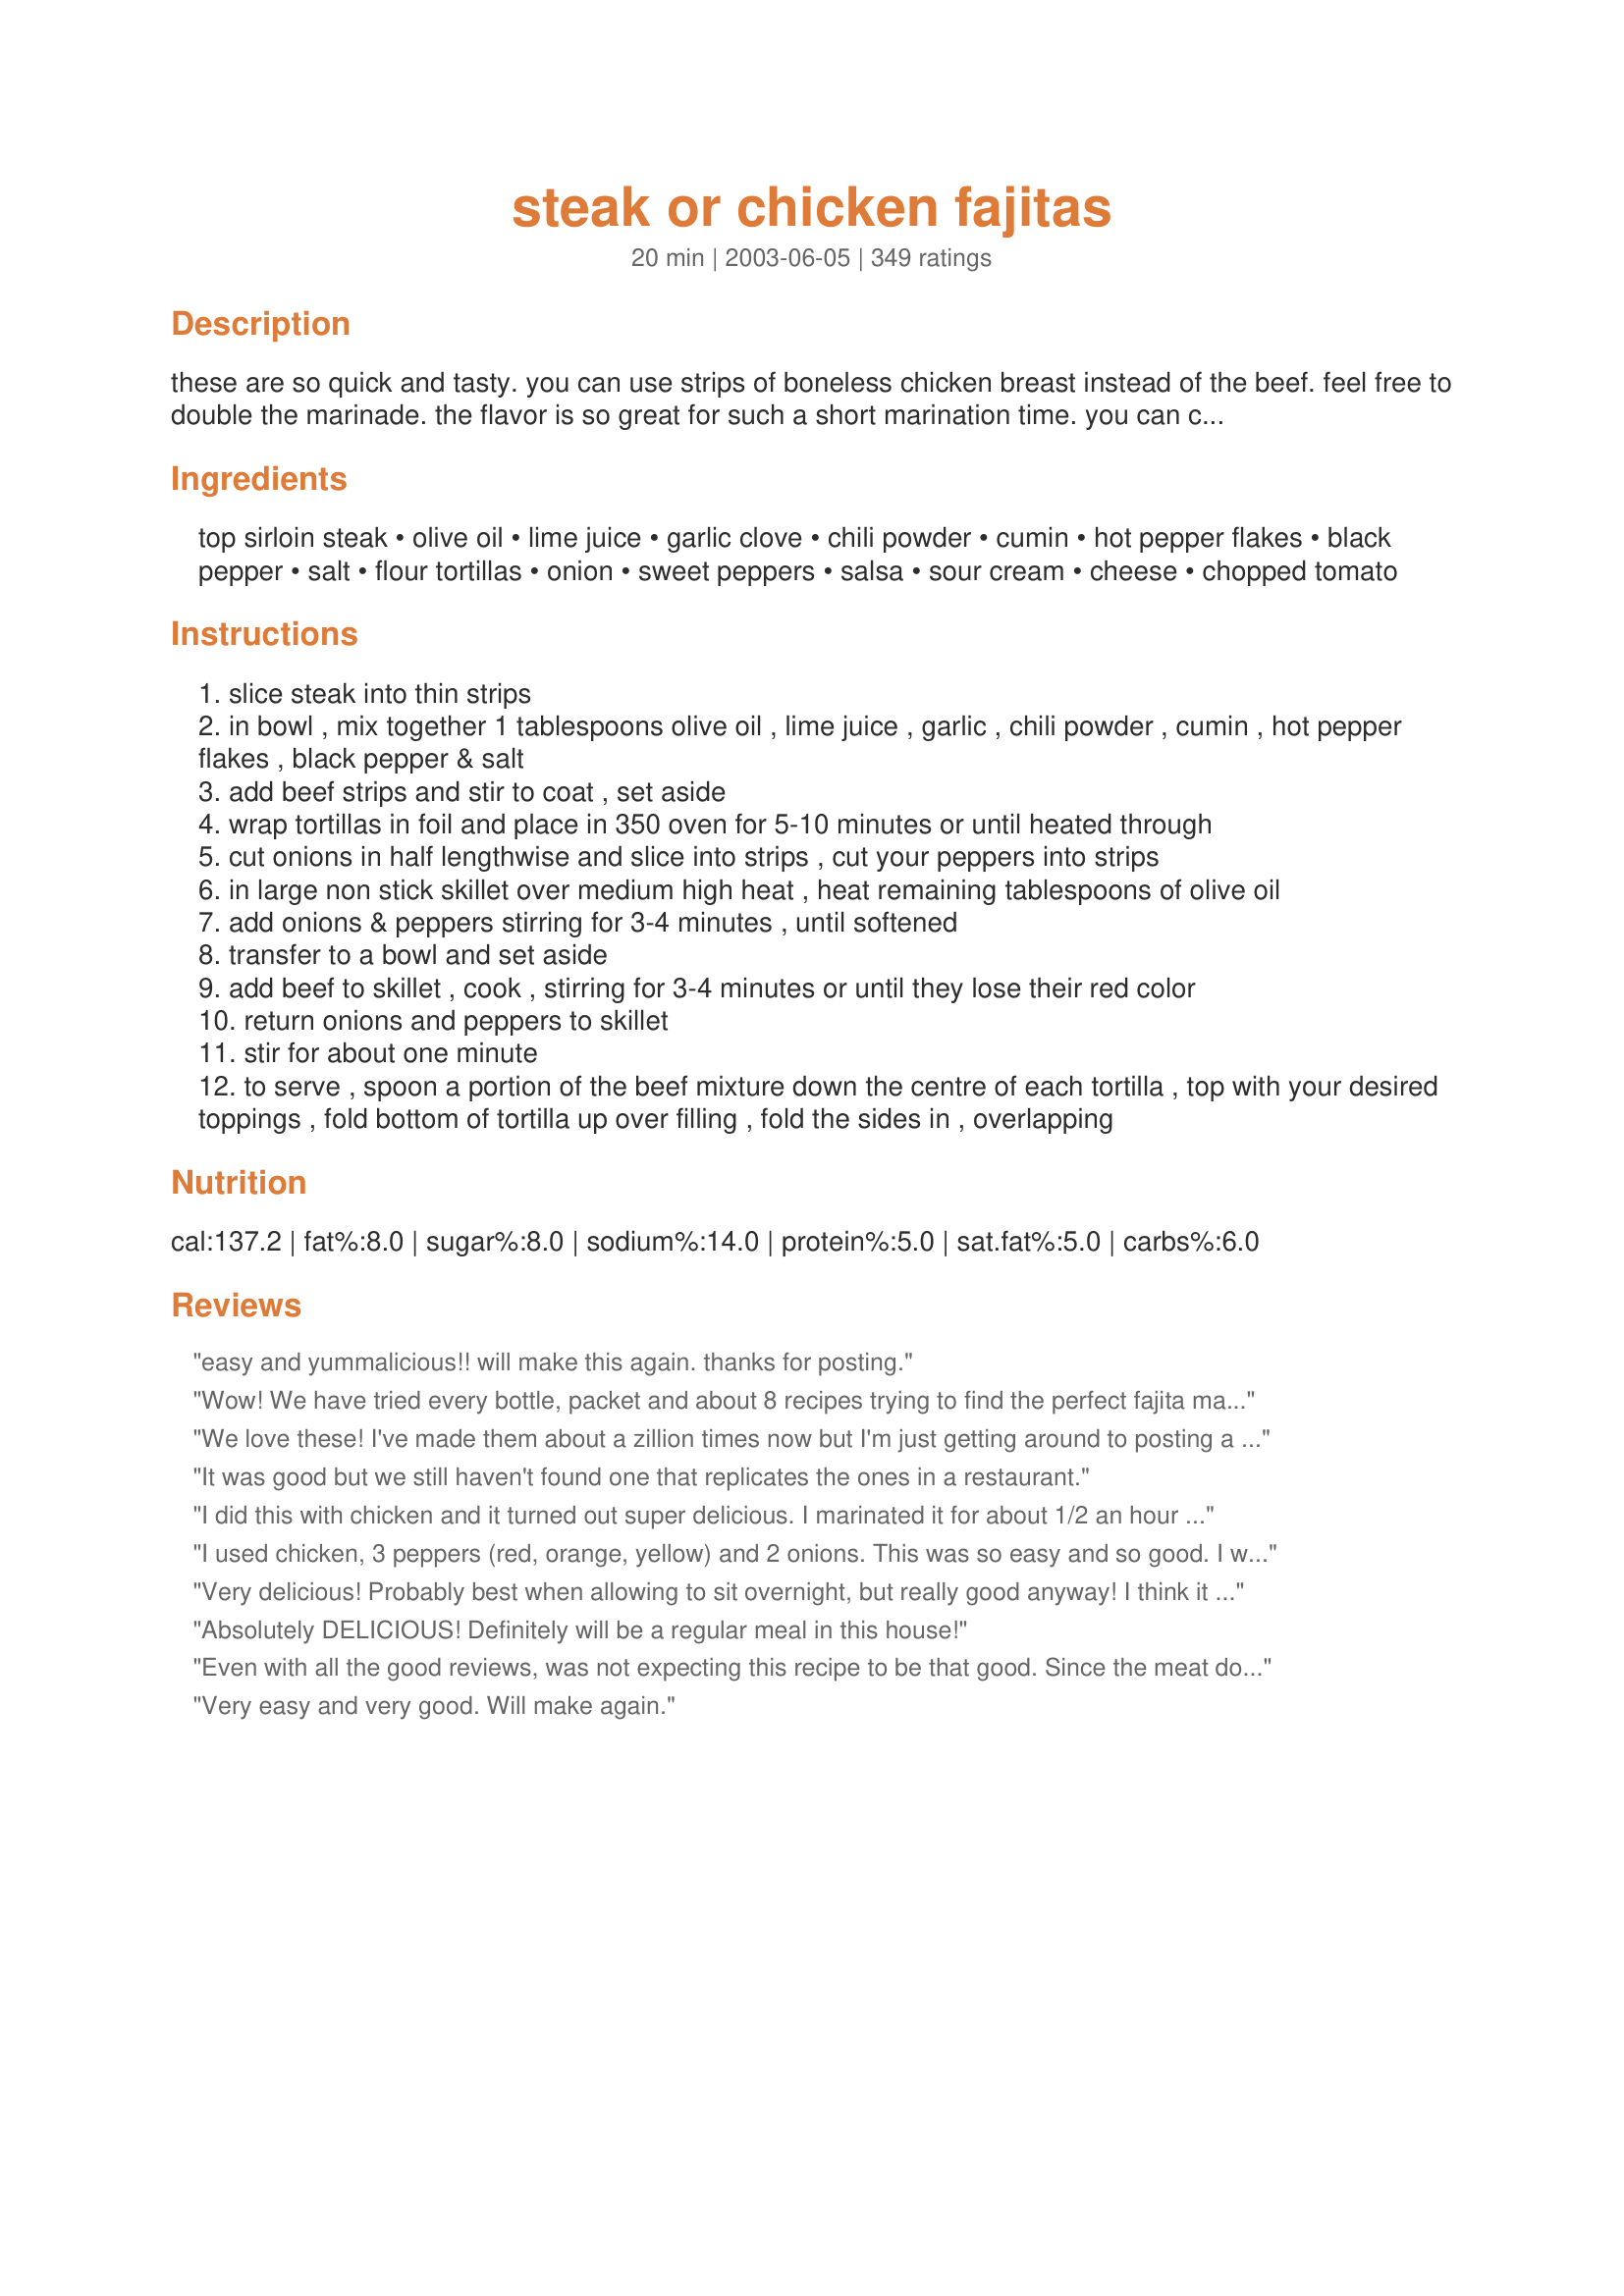
steak or chicken fajitas
Preparation time: 20 minutes

these are so quick and tasty. you can use strips of boneless chicken breast instead of the beef. feel free to double the marinade. the flavor is so great for such a short marination time. you can can do them up ahead of time and have the meat sit longer if you wish.

Ingredients:
top sirloin steak, olive oil, lime juice, garlic clove, chili powder, cumin, hot pepper flakes, black pepper, salt, flour tortillas, onion, sweet peppers, salsa, sour cream, cheese, chopped tomato

Steps:
slice steak into thin strips
in bowl , mix together 1 tablespoons olive oil , lime juice , garlic , chili powder , cumin , hot pepper flakes , black pepper & salt
add beef strips and stir to coat , set aside
wrap tortillas in foil and place in 350 oven for 5-10 minutes or until heated through
cut onions in half lengthwise and slice into strips , cut your peppers into strips
in large non stick skillet over medium high heat , heat remaining tablespoons of olive oil
add onions & peppers stirring for 3-4 minutes , until softened
transfer to a bowl and set aside
add beef to skillet , cook , stirring for 3-4 minutes or until they lose their red color
return onions and peppers to skillet
stir for about one minute
to serve , spoon a portion of the beef mixture down the centre of each tortilla , top with your desired toppings , fold bottom of tortilla up over filling , fold the sides in , overlapping

Reviews:
easy and yummalicious!! will make this again. thanks for posting.
Wow! We have tried every bottle, packet and about 8 recipes trying to find the perfect fajita marinade. This one is the keeper! I doubled the marinade and put in 3/4lb chicken and 3/4lb beef along with onions and peppers and let them marinate for about 6 hrs. The only thing I changed was to cut the chili powder in half and sub in half of Tony C's for a little extra kick. It was the perfect amount of marinade so you could still taste the meat & veggie and not just seasoning. Perfection!
We love these! I've made them about a zillion times now but I'm just getting around to posting a review. Everyone I've made them for has asked for the recipe. We do both the beef and the chicken. We've cooked the meat ahead of time and refrigerated it overnight, then slowly rewarmed it in the crock pot to serve at a party, cooking the peppers and onions at another time and adding later. We've marinated the meat for up tp 24 hours, and we've marinated it for 15 minutes. No matter how we've done it, it's always been a hit! Thanks for a great recipe!
It was good but we still haven't found one that replicates the ones in a restaurant.
I did this with chicken and it turned out super delicious. I marinated it for about 1/2 an hour and it was spicy and flavorful. Topped it with cheese, salsa and avocados. Yum!
I used chicken, 3 peppers (red, orange, yellow) and 2 onions. This was so easy and so good. I will be making this again.
Very delicious! Probably best when allowing to sit overnight, but really good anyway! I think it is best to double the marinate when you are using 3 medium to large chicken breast...Adding this one to picky girl's list!
Absolutely DELICIOUS! Definitely will be a regular meal in this house!
Even with all the good reviews, was not expecting this recipe to be that good. Since the meat doesn't marinate long, I thought it would tough, etc. Much to my surprise these were very good fajitas! Am trying to use stuff in the freezer, and had some sirloin, so that's what I used, and they were terrific! This is a great recipe when you are looking for something quick and satisfying!
Very easy and very good. Will make again.
Excellent. I used chicken, and was out of cumin (subbed extra chili powder) and lime juice (subbed lemon with a small splash of orange). It was delicious. Despite the hot pepper, there was no heat to this recipe -- lots of flavor, but no heat. This was perfect for us; my husband added jalepenos to his portion, while I loved mine just as it was! (Note to self, use only 1/2 an onion, a whole one was too much for us)
Made these last week! Request to make them again this week! Easy and so good!!!
Mouth watering, and very filling! Thank you very much for the excellent recipe! I will definately pass it on and I will be sure to make it again!
I made this for my husband and children last night and they devoured it. They used shredded cheese and sour cream for toppings. I also let the meat marinade for about 2 hrs before cooking. It was a great way to use up leftover roast beef. Thanks for posting this keeper - I will definitely make this again.
These are really good. The lime really adds a good flavor to it. I will make these again. Thanks for sharing.
Well, I guess with 113 reviews on this recipe, it goes without saying that it is good. It is just the right amount of everything in it. I marinated my chicken about and hour or so, and it was fantastic. I omitted the salt, though, just a preference thing. Otherwise, great recipe. Also, I had mine in a whole wheat pita pocket. * * * Update - I had leftover chicken and peppers, and I turned it into a chicken fajita pizza. Just make your favorite crust, about a 12 inch size, then I mixed 1/4 cup sour cream, and 1 clove garlic crushed, some of the chili powder, cumin, just a dash of the pepper flakes, I squeezed in some lime juice and just a drizzle of olive oil. Spread that on your crust, top with the leftover meat and veggies, top that with mozzarella. I baked mine on my pizza stone about 15 minutes at 425 degrees. It was fabulous!!! I like it when I can stretch one meal into two.
I must agree!!! a fabulous recipe. 
I also doubled the recipe for the marinade.DH loved it also! Wouldnt change a thing!
These were a big hit! I used chicken.
If we could give half-stars, I'd rate this a 4.5. I was worried that putting the marinade in the skillet with the steak would be too much liquid to cook out in 5 minutes, but once the marinade was all put together I saw that it was hardly any liquid at all. The reason for the loss of half a star has nothing to do with the taste - these were the BEST fajitas I've made - and entirely to do with the fact that it took every bit of 30 frantic minutes to make it. Both the veggies and the meat needed more than 4 minutes, but it was all well worth the wait.
I made this last night using chicken and it turned out wonderful!
Our family liked this recipe. I used some tenderloin steaks that had been in the freezer for a while. I also let the beef "marinade" for about and hour in the seasonings - I would recommend that if you have time. Otherwise this is a quick and tasty meal.
Terrific! These tasted very similar to some fajitas that we tried a contemporary Mex restaurant. Definitely the best we've ever made. Thanks!
These fajitas were actually amazing! I followed the recipe exactly and the flavour was great! Approved even by my super picky husband. I used beef and today will try making them with chicken.
I will definitely be making this again. I made it with chicken breasts and the fam loved it. The only other item I used was guacamole. Thanks for a great recipe.
This recipe is very good. To add a bit of smoky flavour I added some dried ground chipoltle peppers and a tiny bit less of the other seasonings to balance. I use chicken and beef, sometimes i'll even sprinkly some marinade on some shrimp!
This recipe was phenomenal! Very easy to follow. I think next time I'll either add just a dash of red pepper or just put Tabasco on the table because it's pretty spicy. I will definitely be making this again!
needs a bit more heat-maybe we'll add a jalapeÃ±o next time, but loved the smokiness of the cumin
Very good. Very quick. I like that it doesn't have to be marinated but is as good as if it had been.

Instead of the lime juice I used a couple of packets of True Lime and it worked just fine.
I will definitely always use this recipe every time I make Fajitas, very easy and quick, I made it with chicken breasts and left out the onions
and had it with sour cream and wraps. excellent 
Thanks for a great recipe.
These are a complete hit with the family, one of the only recipes where everyone is guaranteed to love it!! I triple the steak using sliced skirt steak (a bit expensive but sooooo worth it), double the marinade and marinate it for at least 5hrs but allow it to get to room temp before actually cooking it! We top it off with spicy guacamole, salsa, sour cream and a Mexican cheese blend! Completely and utterly delicious :)
This is a fabulous recipe. I used leftover top sirloin from the night before, and it could not have turned out better. I still marinaded the steak, but I only had to warm the steak up. I will definitely be making this again!
Add us to the list of fans! We devoured it! There were only 2 adults and 1 kid eating and there really weren't any leftovers to speak of. If I had known how easy it was to make fajitas, I would have made them forever ago. I didn't have any chili powder as it turned out but other than that pretty much stuck to the recipe only I used the chicken breast strips. I think if we had had the chili powder it would have been too spicy for us, so that worked perfectly for us. Used whole wheat tortillas. Can't wait to try this with beef too. Thanks for a winner! Dh thanks you especially!
Simple and good! I used an extra clove of garlic, but otherwise followed the directions exactly. Served with roma tomato and salsa for toppings.... very good!

Just made this for the second time (with steak) and let it marinade in the fridge for about 2 hours... oh wow! Just awesome.
This is great recipe!! Hubby wanted chicken fajitas & this seemed to be the best recipe to try out! I didn't have any lime juice, tho--even tried to find lemon seas in my spice cupboard, but had to leave it out. I did coat the chicken in olive oil, THEN added the spices to coat better. I used more salt & cumin, less red pepper (used cayenne) & less black pepper as well--hubby's preferences. All I had was green pepper, but that worked fine. He topped his fajita w/ low fat mexican cheese & salsa. It was a fast, easy & pretty healthy meal. Thank you for sharing!!
Excellent fajitas! Only thing I did differently was to omit the hot pepper flakes and only used 1/4 tsp. pepper. I won't be buying any fajita "kits" from now on. This was so easy and tasted far superior! Thank you!
I&#039;ve made this recipe several times and it&#039;s always a hit! Fajita night is always requested when the family discusses a big dinner! I buy chicken tenders to save on cost and they are super easy to slice! (I&#039;m usually cooking for 15 or more) I always do chicken and steak and let them both marinade while I slice my peppers and onions. I like to add a red onion to the mix for added flavor and color! LOVE THIS RECIPE!
I used chicken... and about 1/3 more cumin and cayenne pepper. I had an emergency and ended up letting these marinate 24 hours because I couldn't make them the day I prepared them. Because it worked out to well, I'll stick with a long marinating time! I also salted the onions and peppers. The final result was a fabulous fajita dinner. I made this guacamole recipe which was also fabulous (added fresh minced garlic and subbed cayenne pepper for fresh jalapeno): http://www.food.com/recipe/guacamole-345790. I will definitely make these again. This was my first time trying fajitas. Thanks for a great recipe!
These are bomb!!! My family loves them!
Great recipe ! Will make again however I may not use any salt next time.
This made the tastiest fajitas ever. Even my kids loved it! We used the marinade on chicken and it really made the dish. It was also incredibly easy to make. You just can't go wrong with this recipe. I would recommend doubling up on the marinade depending on how much chicken you are preparing. We used 5 chicken breasts and doubling the marinade worked perfectly for that. I can't wait to make this again.
Wow, this was great, and soooooooooooo easy! This is a keeper! I think next time I will try this with shrimp. Thanks for sharing.
Used chicken instead of steak. These were so good, my son, who is generally uninterested in cooking, wants the recipe to make for friends. He said it was easy but the flavor will impress.
This was super delicious and just what I needed after I finished reading Pacos Bill. I used chicken, and threw a little salsa in while they were cooking, but other than that I followed every bit of the recipe and am very pleased with how quick and tasty it is! Thanks!
Oh boy! These were delicious! I used chicken but I definately will try the steak next time. I also used red and green peppers and I think they would be even more pretty with additional colors like orange and yellow. I wouldn't change a thing on these. My whole family enjoyed them. I served them with http://www.recipezaar.com/49353 and http://www.recipezaar.com/27778 for a lovely weeknight meal! Thanks again!
I used beef and this is a decent solid recipe.
Made these for dinner tonight, I will never buy a fajita seasoning packet again...so yummy!!!
We really loved this fajita recipe...it was easy, and delicious...I made it with chicken and plan on trying the steak as well...this one is a keeper for us...thanks for submitting.
Yep, another 5 star review. I made this with some backstrap that I had to use up. This is very good and very easy. Some subs I made - 1. lemon juice instead of lime (didn't have any limes.) 2. used white tail backstrap (it had been thawed and needed to use it up before it went bad. I wasn't raised on deer so am making due with what I have already learned. besides - fajitas cannot go wrong!! DELISH!) 3. we don't care for bell peppers - so simply omitted them. 4. no red pepper flakes - my dh and his baby boy do not like "spicy" foods. 5. used a chili powder recipe from the site. I think that covers changes I made -- and will make this again with chicken and beef. Thank you for sharing!
It turned out really good. My husband and mother in law loved it and the marinate gave the meat a kick of heat. Definitely will make this again in the future!!
This has become my go-to recipe for fajitas. The marinade is superb and makes the meat so flavorful. I've only tried it using beef since I have tons of chicken recipes already. I can't wait to make it again. :)
Very good recipe. I also didn't have lime juice on hand and it still turned out GREAT! Will be making this again very soon! Thank you for sharing!
My family and I love this recipe. We&#039;ve made it quite a few times already. Thanks for sharing!!
Wow! We all loved these! I used chicken, since my store did not have that particular cut of beef, (what else is new?)and I got the chicken in the marinade early in the day.Didn't change a thing, and they were fabulous! I'll definitely be making these again.
Thanks!
Definitely double the marinade, and add more lime! It needed some sweetness, so I added honey...fajitas around here (CA) have a sweet salty kick, along with the spice. That kind of makes it more like the restaurant goods ;) Great stuff!
This is a really good recipe..I tried both the marinade on both the chicken and steak..and it tastes much better using the steak...thanks for the recipe!
My husband and son raved! Marinade is very good. I put flank steak and chicken breasts in together then grilled them and cut them into strips afterward. I only had time to marinade for 1 hr but longer would probably be better.
Gorgeous! We have had this a few times made with chicken thighs as I prefer these to breast meat, less dry and more tasty. I try and marinade the chicken for at least 2 hours before cooking and then serve with green salad. A keeper! Thanks
OMG, fabulous!! This was so fast and easy and my husband and I loved it. I doubled the marinade recipe and only let the meat sit for as long as it took to prep and cook the onions and peppers and it was fantastic. I used 3 peppers, 1.5 large onions and one large steak. It&#039;s a tiny bit spicy so I would use less red pepper flakes next time. Served with salsa and sliced avocado as toppers. I am putting this into the regular recipe rotation and will try with chicken and shrimp also. Thanks for a great dinner recipe!
I wish I could give these more than 5 stars!!! I used chicken, and I let it marinate for 5 hours. My husband just kept saying how much he really liked the lime flavor in the chicken. These also went over very well with my 2 year old! This is a great recipe and I will definitely make this again....probably sometime soon! :)
This is such a great &amp; easy recipe, bar none! This silly dog doubled the recipe, added a teaspoonful of smoked paprika, and finely diced a garden fresh jalape&ntilde;o! We also serve with fresh picco de gallo, and fresh cilantro. Those who gave this less than 4 stars....., just don't even try cooking, go back to your bland resturants and frozen TV dinners!
I made this for the first time tonight. Easy and delicious recipe. My family loved it! :)
Fantastic recipe. Had some leftover cooked pork loin roast, so thought to use it in this recipe. Marinated sliced pork roast in stated olive oil, lemon juice, red pepper flakes, packet of fajita seasoning mix &amp; fresh cilantro for 2 hours, rubbing the slices well with this marinate. Fried the peppers with an addition of 1 sliced onion for 7 min. Added the pork mixture &amp; 1/4 cup water to the mixture and 3 min. on high and had an awesome meal. Served it with Mexican rice &amp; warm tortillas. This recipe can be used with any meat or even peeled shrimp. Rhonda THANK YOU so much for sharing your recipe with us all.
I bet it would be even better with a little more time to marinade, but even with just 10 min, this was great! Just the right amount of marinade for 2 large chicken breasts worth of meat. Much better (and cheaper) than the packet I forgot to buy at the store! Thanks! :)
Most excellent!! Wouldn't change a thing to the recipe, the combination of flavors was 'to cry for' delicious. Used a 1 lb. top sirloin steak, perfecto! Thanks, Rhonda *J*.
I made just as the recipe states, but I omitted teh hot pepper flakes. I also used more garlic. I used a chicken and steak combonation.

 This came out well, but it was not as good as what we get at our local mexican place. The meat was not as flavorful as I thought it should be.

 Also my meat was on the tough side... Not at all a problem with the recipe, but probaby the quality of the meat I used.

 I did like it, but I only gave it three stars. Next time we make Fajitas, I will be trying a differant recipe (and a better cut of meat)
Thank you, thank you, thank you. Whenever my husband goes out for supper he orders fajitas because i never make them. Now, he's going to have to try something new at the restaurants! These were sooo easy to make and had such great flavours! I'll be making these often. Thanks so much for sharing! we served ours with some guacamole and they were out of this world!
It was like having Chili's fajitas at home. I tripled the marinade and made a very big batch with sirloin and chicken. Used red, green peppers, vidalias along with sliced portabellas! I had mine with jasmine rice and hubby used ww low carb wraps. They were fantastic and even better as leftovers the next day. I think next time I will cut back on the salt just a bit because all of the spices added so much flavor you could get away with less salt. Thanks for a great recipe!
This was a really good recipe with nice flavors. My family loved it with or without the toppings. Thank you for this delicious and easy recipe!
This has now assumed the top spot in our fajita recipes and we do make them quite often! My husband and I loved them, with the perfect "kick". Thanks!
Great marinade. I used chicken and marinated for 24 hours, then bake the chicken strips in the oven. Tender and juicy. Everyone enjoyed it. I used the leftovers to make quesadillas. Yummy. This is now one of my favorite recipes.
Absolutely GREAT recipe! I didn't have the lime juice, so I was worried that I might lose out on that extra boost of flavor, but they still turned out wonderfully! My hub said that I really out-did myself with this one, so, thank you!
I thought I had already submitted a review of this recipe -- but apparently not. These are so good! I have only made them with the chicken (but I'm sure the steak or even pork would be just as tasty). I have a large jar of Penzeys Fajita Seasoning on hand, so I added about a tablespoon of it to the other ingredients. I also love the lime juice, so added an extra tablespoon of it as well. Just prior to removing the mixture from the skillet, I sliced a couple tomatoes into thin wedges and added them to the mixture. These are not only delicious, but pretty quick to make (but allow for the extra time if you should want to marinate the meat). In order to cut calories, I had the leftovers over some lettuce (sort of made a Fajita Salad). Rhonda, thank you for posting this recipe.
These are great!! I add mushrooms and zucchini....very good, I make them once a week! ;)
Fixed this recipe using chicken and BF loved them! He had two for supper and took the rest for lunch. Very easy to make and makes generous portions. I used one whole small red pepper, half a large green pepper and two medium onions. He said this one is a keeper. Of course he used the toppings which made it even better. Thanks for this wonderful recipe Rhonda.
My Family really enjoyed these Fajitas. I made homemade salsa and guacamole. I will be making these again very soon.
This was nice - and I loved that I had most ingredients on hand. (Although I did sub lemon juice for the lime juice.) Quick to prepare. I used chicken - can't wait to try the steak. Thanks for posting!
We used sirloin steak and they were delicious. I thought they were a breeze to prepare and the taste was very good. Thank you for something a little different from our "usual". Stephanie
The onions and meat were delicious! I'm sure the peppers would've been delicious, as well, but I didn't have any to cook. I added the meat and onions to quesadillas with black beans and salsa. YUM! Thank you for the marinade recipe.
Good recipe, but I want to add some tips. Use flank or ribeye (boneless) if you can, but I used top sirloin like prescribed. Ribeye easiest to do in my opinion. I recommend not cutting up the steak just yet. Marinate for at least an hour, and if you have a foodsaver or similar , use it to marinate. Pan fry bell peppers and onions and and set aside once onions browned and translucent, or about 5 minutes on medium-high. Pan fry steak with all of the marinade, pour it in there. Watch temp. Around 120/130 is perfect or eye it for near medium rare. Remove steak and put on glass tray if you have and let it rest for at least 5-10 minutes. Leave it alone. Just before touching the steak after the cooldown time (~5-10mins), clean the pan (depending on mess). Drop in the onions and peppers over medium heat. Cut steak with the grain into nice long strips. Add steak back into pan to quick fry with onions and peppers for a couple mins.
Excellent flavour! I made these on a weeknight when I didn&#039;t have a lot of time to marinade the meat and was surprised because they were super tasty. The lime juice is what really brings all the flavour out. My family voted this as a keeper recipe! Thanks for sharing.
These are delicious! I doubled the marinade and marinated the steak all day. I added mushrooms to the onions and peppers. My husband is the pickiest eater and LOVED them. He's even having the leftovers for lunch today! Thanks for sharing this great recipe!
This is an AWESOME recipe! We couldn't believe how flavorful the chicken was without having been marinated. Delicious & quick, and we will be making this again and again!!!
very good, will also try the suggestion to double marinade and chill overnight. I plan on adding some avocado slices too.
added chipotle it was great!
love it!! i toped with shreded 4 cheese mix, bit of sour cream, avocado and tomatoes was awesome
These were very good!! I made a batch each of steak and chicken fajitas. I added an extra clove of garlic, but other than that, I followed the recipe exactly. My family loved these and I will definitely be making them again. Thank you for sharing this keeper recipe.
Found your recipe a couple years ago and it has been my go-to for fajitas ever since! My only change is I use half homemade ancho chili powder for the plain chili powder for a bit more smoky flavor. Love!!!!
Delicious fajitas, full of flavor. I made the chicken version and served it with fresh homemade pico de gallo, cilantro lime rice and sliced avocado. I do recommend marinating the chicken as others had suggested. Will definitely be making this again!
I wouldnt change a thing.. love it.
I used 3/4 lb skirt steak to make this recipe. Added more cumin after the fajita fillings were done. Served it with a homemade green salsa, shredded cheddar cheese and sour cream. Very good! Thanks for the recipe!
All the reviews are great and I was so excited to try this recipe. I followed the recipe but I felt it needed more spices because it seemed a bit bland.
DH had a busy and long day today and I decided to treat him to one of his favourite restaurant meals-steak fajitas. He hadn't even swallowed the first bit and he was already saying "MMMMMM...." I picked some hot peppers from our garden and added those to the meat mixture along with the onions and green peppers. DH was thankful for this special meal and I have you to thank for the recipe ;)
OK I'm #20!!These were wonderful; I made them at the last minute. Only change was I added a little chipolte seasoning. They are addictive. Thank you for posting this - I did minewith chicken tonight but next time will use beef and marinate.
Yummy. The marinade was delicious. I doubled the marinade and used it on about 1 1/2 lb of chicken. I used a vidalia onion and 1 green pepper and 1 red pepper. Thanks for sharing.
We really wanted to like these more, considering all of the great reviews. And I hate being the one to spoil that &quot;streak&quot;. :-( But we found these to be too hot (and we normally like spicy foods) and lacking the authentic fajita flavors reminiscent of Mexican restaurants. All that came through was the heat, and the lime juice sort of just faded out. Unfortunately, we probably won&#039;t be making them again, and revert to using Todd Wilbur&#039;s recipe, but it was fun trying something new.
So easy! Definitely will be on our menu again.
Very tasty fajitas!! I used a chicken breast left over from last night. I used red sweet pepper, a jalepeno, red onion and mushroom. Cut everything in strips and followed your recipe except I added the cooked chicken at the end. Thanks for posting we will do again. Pamela's photo caught my eye.
The family had that look like when you throw a handful of crumbs at a bunch of pigeons. They all swoop into a pile knocking each other over to get there first and fight for the best spot.
omigoodness is this goooooooooood. so tasty and just delicious. can i say enough about it? so EASY and fast to make. omitted the pepper flakes, used chicken breasts and man o man was this a meal! will most definately make this again and will try beef next time. btw..i marinated mine for about 2 hours.
This was so yummy! I am not a great cook, but I managed to pull it off. Thanks for sharing!
Very yummy. Very fast. Will make again.
Perfect! I used chicken, sliced it up and put into 2 ziplock bags and tossed it into the freezer-used one for an amazing dinner later that week and can't wait for the next one-I will use this all the time, thank you! Just an update, I did use the second bag and...I still love it, thanks again!
These fajitas are the best I ever had, and they are so simple to make. Thank you for sharing this awesome recipe, I HIGHLY recommend it to anyone!
Really good and easy to put together. Thanks for posting!
I am planning to make this recipe this week not using the tortillas. Can't wait to try this:)
Excellent Fajitas, I used some leftover Tri-tip roast, marinated like the recipe said even though it was already cooked, then prepared as stated. My DH said these were GREAT fajitas. I will be making this recipe again using steak as the recipe calls for. Thanks Rhonda, for posting this recipe.
Wonderful! My husband and I really enjoy it. I never made fajitas before because I always thought it was difficult, and would not taste as good as the restaurant but I was wrong. This recipe was delicious. Thank you for sharing it.
I had some leftover chicken in the fridge and this recipe was just what I needed to use it up. I used lemon juice as I was out of lime but otherwise stuck to the recipe. It was a quick and tasty lunch for the family since the chicken was already cooked. A definite keeper! :) *UPDATE: The leftovers mixed with a bit of mayo make a GREAT "Southwestern Chicken Salad" for sandwiches, too!*
Great seasoning/marinade! Not too spicy which is what I like. I made these with chicken and used red and yellow peppers. I marinated the chicken for approx. 8 hours and it gave the meat a great flavor. Will be making these again, it was so quick and easy! Made for Name That Ingredient Tag.
Made for dinner last night using chicken. Marinated for 2 hours and WOW - the filling almost didn't make it into the tortillas I was so busy sneaking "tastes" out of the skillet. No kidding, I actually dreamed about these last night - and had to have a fajita for breakfast! Can't thank you enough for posting this.
These were excelling and easy to make. The lime juice brings it up a notch. Thanks!
I made this with chicken. I would definitely encourage people to marinate the meat over night. Seeing that I have 3 young children, I left the hot pepper flakes out. I don't think that it took away from the flavor. Also, I think leaving the breast whole & cooking them on a grill would add to the taste. This will be a recipe we repeat.
Made it with 1 lb of chicken, 1 onion, 1 green and 1 red bell pepper. Really good! I&#039;ll make it again trying other meats.
Really good...& so easy!!! A little spicy for me, but I'm not a big spicy fan, so you can alway's tweak the spicyness to your liking. But way sooooo easy!!
Made it tonight, tastes excellent. I made a few changes, like I made the salsa myself with tomatoes, asian chilli sauce, lime, coriander and red onion, and I also made some beetroot puree/sauce to add to it.
Most delicious!
This turned out beautifully; we also marinated in the spices for about an hour. We made it for guests, and they had thirds!
Absolutely delcious! And maybe even better the next day :) We made it exactly as written, and I am making it again tonight. It is quickly becoming a favorite of mine! Thanks for a great recipe.
We loved this. Everything about it was perfect. I just realized I forgot the garlic. But I did everything else as written. My husband says they are the "best non-restaurant" fajitas ever!
These were very good fajitas! I used some steak that had been in the freezer for a while. They came out very tender and flavorful. The marinade has a delicious smoky, spicy flavor. This is a quick and easy, very enjoyable meal. Thank you for posting!
Very good! The whole family enjoyed them. Made with chicken and steak. Preferred the chicken. Served with black beans, rice and corn. Will definitely make these again and will double the marinade. One with the red pepper flakes for me and the other for the rest of the family.
The fact that both of our kids kept saying they loved this dinner and wanted more, more, more says a lot! We'll definitely make it again.
Wonderful! I really loved these - the taste was very nice! The first time I added a little liquid smoke which gave it a very nice flavor. Second time I didn't have any, so made it as stated...was still delicous! I *do* prefer that little hint of smoke flavor though. 

What I really like about this is it allows me to control the heat, so I can "tone it down" for my lovely British wife who claims her mouth is on fire if I put 1 red pepper flake in 5 quarts of spaghetti sauce...
I love this recipe! I had bought boneless pork sirloin and was just going to BBQ it when my husband said he really felt like Mexican. So I thought fajitas, and decided to check the site for something I could make with what I had on hand and found your recipe. I didn't have any limes so I used lemons instead (the limes would be better) and I let it marinade in twice the amount of of juice and oil for a little over an hour. Turned out great and served it with spinach flour tortillas. Will definitely use it every time I make fajitas, thank you Rhonda J.!!!
Loved this recipe! I am no cook so I was so pleased when it turned out delicious!!! Family loves it too! I think they wondered who I snuck in to cook tonight!!! Thank you!
This was so good, I made it for a group of friends and they all loved it and asked me how to make it! I especially liked how the chicken didn't have to marinate long and it still was very flavorful!
These were perfect! This recipe was simple, yet it very authentic! Thanks for sharing!
First made this for a party, and it was a huge hit. My BF and I like spcier foods, so at a later date I threw some diced jalapenos in the marinade as well as the skillet. We loved the added spice. Thanks for a tasty and easy recipe!
Is fantabulous a word? How about scrumptious? This was the BEST fajita recipe ever. DH said it was just like the restaurants except he didn't run out of meat cause I was able to double the recipe. My bro like it a lot too and we were all happy there were left-overs the next day (well, my bro wasn't happy cause by the time he came over the day after DH and I had devoured it all). Thanks for such a great tasting recipe and so easy to make.
We are wanna-be-Mexicans when it comes to food. We pick our vacation spots based on proximity to large migrant farmer populations and their authentic restaurants. We absolutely love this marrinade. Tonight we grilled the chicken breast whole on the charcoal grill until nearly done but not over cooked, then threw it in with the onions and peppers in the cast iron skillet to finish off the last 5-10 degrees and it was FANTASTIC! Cast iron goes to the table to keep everything warm while you eat!!!
Until now we used the old el paso powder sachet when making fajitas, but after tasting this, we will never use those again. These taste so much fresher! I used olive oil in the marinade, but when I cooked, I switched to sunflower oil as it can stand the high heat better than olive oil. I cooked on the highest heat in small batches. We used sliced chicken thighs and marinated them for an hour or two before cooking. My partner and mum-in-law couldn't eating them!
Excellent &amp; Easy! This was super easy to make and turned out waaay better than I expected. I wanted to make chicken fajitas but was feeling lazy (and didn&#039;t have tortillas) and when I happened upon this recipe I decided to give it a try. I added a little extra marsala, some truffle salt and adobo and accidentally used garlic olive oil instead of regular but other than that followed as written and results were delicious. The whole house STILL smells amazing from this meal. Will put this one on my regular rotation of recipes to make (when my husband isn&#039;t commandeering the kitchen)!
I just made these fajitas with chicken breasts. I marinated them overnight. They were wonderful. I had doubled the recipe because I had about 1 1/2 pounds of chicken. I also added about 3-4 drops of Hickory Smoke seasoning. I am not sure that that amount did make any difference, but they were fabulous. I only added about 1/4 tsp. of cayenne pepper (instead of the pepper flakes) because I have small children that do not like it hot. They really were excellent though. I could easily compare them with the local authentic Mexican restaurant that we frequent. Thanks for the wonderful recipe!
The spices are PERFECT. Easy and fast recipe, it doesn't get much better! Thanks for posting.
Excellent! A little too spicy for my kids, but other than that, they were delicious. Followed the recipe almost exact, except I didn't have lime juice so I used lemon juice instead. Still turned out great. I did double the marinade, too.
Absolutely amazing!! Tried them last night and the entire family agrees that it is a 5 star rating. I have tried many recipes over the years and this is the best. Thank you!!
YUP...these are awesome! I LOVED them, so simple, so tasty, so easy. Marinade is great and perfect blend of flavors with ingredients you already have on hand. The veggies and meat cook up so quickly, I love that you don't have to cook them for very long. This is our new go to top sirloin dish! Thanks SO much for posting.
Really delicious! Thanks Rhonda *J*
Making this for the second time in a week. Instead of beef, I&#039;ve made it with chicken both times. Such a great flavor. My husband does not care for fajitas and even he raved about how delicious they were, especially the seasoned meat.
Awesome! I will never buy the pre-seasoned packaged fajitas again. These taste better and are quicker to make than the packaged kind.
Wow! These fajitas are delicious! Just as good or better than any I have had in any restaurant. So far, I have only made them with chicken, but I can't wait to try steak! This recipe is going in my favorites file! Thanks!
I made this recipe tonight and got great reviews! I let the steak marinate most of the day in the spices. The flavor was great! The recipe didn't specify how much onion - so I sliced up a small-medium size onion. It was just perfect for this double batch!
This is absolutely the best recipe for fajitas I've ever tried--the seasonings are perfect! We had ours with chicken, and both my husband and I loved them. A+++ Thanks Rhonda J!!!
These were great! Very easy to make too.
This was delicious and enjoyed by the whole family. The only problem is the number of servings. I followed the recipe exactly (other than doubling the marinade) and this recipe barely fed our family of 4 (2 adults 9 yo, and 4 yo), so I will definitely increase the amount of meat and maybe another pepper next time. Thanks for a great recipe!
I guess I was expecting more after all the rave reviews, but we found these to be a bit bland...definitely in need of some spicing up. But a good basic recipe that you could easily adapt to your own tastes.
Next time, I'll pump up the heat. The flavor on these was fantastic!
This was great! I used skirt steak and I didn't realize that I had 1 1/4 pounds. So I used every speck of marinade and for us this was perfect. I had used all of my tomatoes for Recipe #38978 so that's what I used for the salsa/tomato. It was sooo good. I can't wait for the leftovers for lunch today.
GREAT!!! I didn't have any lime juice, so I got weird- I used some vinegar and sprinkled about a teaspoon of lime jello powder in. Don't ask - don't tell!!! It was GREAT and the vinegar & jello did the trick as a lime juice substitute! :)
I made these with two regular-sized boneless chicken breasts. Used closer to 2 tsp of chili powder (personal preference). I had no lime so I used lemon juice. They turned out great! Thanks for the fantastic recipe - I&#039;ll be making these again.
Just made these for dinner and they were delicious! Added to the cookbook for sure!
Used boneless skinless chicken breasts. This was very good. Will make again. Thank you!
I used 4 chicken breasts and doubled the recipe for the remainder of the ingredients. I also chopped and seeded two jalapeno peppers and added to the marinade. Abosolutely delicious and so easy and quick to make!
This is the best website
I really don't understand why anyone would buy packaged fajiatas seasoning stuffed with artificial colors and coloring when simple recipes like this one are available. This one was much better than any fajitas I've made or tasted before. I used chicken and lemon instead of lime and the result was outstandingly delightful.
My family and I have been looking for a good fajita marinade for A LONG time. We absolutely LOVE this recipe!!!
This is a keeper!!! Fixed these tonight for the children following the recipe perfectly with no changes. Kids RAVED about it! Thanks so much for sharing!!!
My wife and I LOVE FAJITAS!!! Out of all of the store purchased packages, this was the BEST. The second day, they were even better. And we knew what was actually going into it. AMAZING! The next time we do this, which will be next Wednesday, I'm doing Shrimp, Chicken and Steak!
Excellent!! Wow! These were GREAT!! I used chicken and these was by far rhe best fajita I've ever had! I did marinate the meat for an hour and I left out the hot pepper flakes for the kids' sake, but otherwise followed the recipe exactly. Wonderful dinner tonight! I'm looking forward to finishing off the leftovers for luch tomorrow and can't wait to make these again!
Any kinds of meat or poultry may also work even when slicing, and the beef looks flaming hot and tender when cooking the fajitas.
I love this I made this recipe for my family and they loved it. They commented and said it was the best.
This is the best! SO, SO easy and so much flavor! I've made it with and w/o garlic and they were both yummy! I've made chicken and steak both equally good. Great for marinade and using the meat for salads too.
It was very tasty and easy prep. The recipe however does not serve 8. There was not enough for 4 adults. I would increase the meat to 1 1/2 or 2 lbs. And increase all other ingredients slightly.
Delicious! Served with shredded cheese, sour cream, salsa, scallions, and parsley for garnish.
What a great fajita recipe! The BF loved them and was disappointed when we ran out of food (I made a pound of beef for the two of us!). I marinated the beef in the spices for about an hour before cooking, and didn't use onions, but otherwise followed exactly. YUM! If I could give 6 stars I would!
WOW! Easy, quick, and absolutely delicious. I followed the directions, but added a few items based on need and family preference. Added brown rice. Those who wanted to, poured the rice right into the tortilla along with the chicken. Also added a can of black beans (including the juice) with a quarter package of McCormick Fajita Seasoning mixed in. Warmed the bean on the stove, and again, those who wanted to, poured the beans right on top of the chicken. Used ranch dressing instead of sour cream because we were out. Used mild salsa for a little zip. BIG HIT. This will definitely be a go-to for quick, fun dinners!!!!
Delicious! We used chicken and it was so juicy and just like great fajitas from a Mexican restaurant.
Tasty. Key is a long marinade. Can be done without but much better with. Made some mexican rice, quick easy meal. Thanks!
These were great! Provided just enough spice for my husband and enough so that I could deal. Great recipe!
Holy cow...and to think I was considering buying packaged fajita seasoning. This is so easy and what a huge hit! Thank you so much for this one, it's a keeper!
Very yummy. I made this with cilantro rice, black beans, and "chipotle guacamole." It made for a great dinner.
This is an excellent recipe! My DH's eyes were rolling back in his head with each bite. Just delicious! We served it with sliced avocacdos, and I sauted up three sliced jalapenos with the other veggies for more spice.
I used 2 large chicken steaks that I sliced thin. The chicken came out nice and tender and the flavors were fantastic. I also used a pasilla chili instead of bell pepper and served the onion/chili mixture separate, rather than mixing it together with the chicken. My toppings were sliced avocado, cheese, salsa and cilantro. Really easy to make! YUMMM, I will be making this again!
I used rump steak and marinated for a couple of hours before cooking.
One of my favourite meals, thanks for sharing.
Was craving Fajitas and this recipe hit the spot. Thanks for a flavorful dish that will become a keeper. I used chicken instead of beef and cut it up in thin strips. I cooked everything in my wok. It was just the right amount of spice. I think next time I might marinade the chicken and grill it first before adding it to the pan. Thanks!
I did this with chicken and it was great. Very simple to throw together, the most work was cutting the chicken into strips! Grilled them up on my grill pan and they were just like out of a restaurant. Thanks for the great recipe!
Easy & quick but not as much flavor as id hoped.
Yummy! And easy to make...left overs were delicious too.
I made this marinade for the 2nd time in a few weeks, using it on chicken (about an hour) and on shrimp (about 15 min) tonight, and steak last time. Wonderful on all 3! No problem getting my 6 y/o to eat! yay!
Great, easy recipe. Thanks!
Super quick, easy and yummy. Perfect for a fast summer for a hungry couple! I made the marinade the night before and stuck two frozen chicken breasts and two left over tenders with them. Right before I was ready to cook I cut them up into strips and left them to soak up the rest. Served with some left over spanish rice and the left overs were great as well. Thanks!
this is my go to recipe everytime I get the craving for fajitas. So much better than any packaged seasoning mix out there. Thanks for sharing this great recipe!
These were good! Made with a side of refried beans. I marinated for a couple hours. I didn't taste a whole lot of marinade. Maybe I need to double it. I used a green, red, and yellow pepper. Added avocado, salsa, and sour cream.
Just finished this using chicken breast tenderloins. All I can say is easy and amazing! This will be in regular rotation at our house. My husband said..."so when are you fixing this again?" - A must try for quick,easy and delicious!
this was pretty darn tasty! I added a chipotle pepper to my marinade too- and it came out with awesome kick. never would have thought to add the cumin, and it made a huge difference. Thanks for this one- its a keeper
What can I say that others have not said? AMAZING! I followed the recipe and didn't change a thing. I did use Recipe #16892 as chili powder, I think it's better and hey, it's also cheaper as I got everything on hand. Personally, this recipe is restaurant quality and what makes it even better is the fact it is soooo darn easy to make! Thank you, Rhonda for sharing this great recipe!
Finally I found a no nonsense fajita recipe
We made steak fajitas using this recipe. They tasted wonderful and they were very easy to make.
WONDERFUL! Nothing more to say except THANKS!!!
This was great. I did use frozen pepper (less cost) and used the carne asada strides at the store and add more lime as my husband loves the lime taste
This is a simple yet delicious recipe. Made it tonight, let the beef marinade for a few hours ahead of time. I will definitely make this again. Yum!
Very, very good. Always get the best comments on these and they are persistently requested. Paired with a good pico de gallo, magnificent!
This recipe was WONDERFUL!!! I doubled the marinade and added Habanero chile (less than an 1/8 tea) instead of the hot pepper flakes. Like the package says "this powder is the hottest of the hot" It was Great. This recipe is a Keeper!
Awesome and Easy. I did up the spices a bit on 2nd try
Ok, I have two of the pickiest kids on the planet but when I made this recipe, OH BOY. They were blown away!!!! It was so easy to make and they loved it, they want me to make it again. I just couldn't believe it. Thanks!!!!
This is great. I use left over pork roast, it could have been prepared anyway. I chop the meat, as we don't like the thin slices, it is easier to eat. So easy
We made these with chicken and absolutely loved them! We used to buy the fajitas spice pouch but never again! Substituted crushed red pepper for the hot pepper flakes because that's what I had. Also, I only used 1/4 tsp chili powder because we can't handle the heat(: Had lettuce, tomato, mexican cheese, and sour cream as available toppers.
Excellent!
Excellent flavor on London Broil (skirt steak)... made great fajitas! Thanks for the marinade recipe.
Tried this tonight and it was a hit, I bought 2lbs of Top Sirloin Steak and tripled the measurements. I also marinated the meat for at least 2hrs. My whole family loves this, we've always use the fajita packets on our fajitas and i think we are finally ditching them after this recipe. This is finally a keeper, can't wait to try it on chicken!
I made this yesterday as I didn&#039;t feel like going out for it &amp; Im doing no carbs so no tortilla, this was restaurant quality! I used a small beef filet &amp; boneless chicken breast, tender &amp; delious!!!&lt;br/&gt;Best I&#039;ve ever had, no more ordering it out for me, this is a keeper!
OMG so happy I came across this recipe! I had found a single large sirloin in freezer and thought hmmmm...what can I make with this. FAJITAS! Everyone here got it right. My hubby and boys LOVED them. They were delish. I complemented with guac, cilantro, cheese, sour cream, then santa fe corn and spanish rice on side. But they combined it all! :) Will definitely make again. Everyone ate before I could photograph. LOL Thanks for sharing!
Quick, simple and yet, so much flavor. This one is a keeper.
Thanks
These are really excellent. I made them with both chicken and beef and they were delicious both ways.
I used 3 chicken breasts, 1 red bell pepper, 1 green bell pepper and 1 small onion. There was enough for 8-9 tortillas and it was great!!
Thanks so much for a nice recipe! (even my 6 year old had seconds!)
**The hot pepper flakes are very spicy, so be careful if it is a meal for kids. I only used about 1/4 tsp for this.
These were really good and easy to make. I needed something with a really short marination time. I always love getting fajitas at restaurants and now I have a recipe that tastes just as good, is quick and easy. I doubled the marinade, but found that we only needed a single marinade recipe. Excellent!
I've made this many times already but keep forgetting to rate it. I love this recipe - the hardest part is getting all the spices mixed up so I made up a whole batch of fajita spices so the marinade goes together so quickly now.
My family loves this recipe. I leave the onion &amp; green pepper on the side for those who without the good sense to like them. lol
YUM! I didn't have any lime juice either but it still came out great. Nice and spicy! This is my new fajita recipe. No more fajita packets for me!
Fantastic! I too doubled the marinade recipe. I had a whole roasted chicken so I cut up the meat, tossed it in the marinade and let it sit while I prepared the veggies. Very tasty, quick and easy! A new favorite.
It&#039;s Cinco de Mayo! We doubled the marinade, then cooked it with the chicken, peppers and onions (we lightly grilled the chicken first, then sliced and finished with the vegetables.) Better than restaurant fajitas - you know the quality of the ingredients and you can taste the LOVE! Def will make again.
 Wonderful recipe that pleased the whole family. The separation of ingredients suited the food preferences of the kids, without the hassle for me of making different dishes. I made as may side dishes as I had available. Rice, corn, avocado, fresh yellow peppers, fresh cucumbers, fresh tomatoes, baby greens, grated cheese, sour cream, and salsa. Everyone RAVED about it!
 This recipe was so easy to make. I didn't even defrost the chicken breast. I just covered the chicken breast with the marinade and water and cooked until I could dice the chicken. Then, I cooked until the water was gone. The lime juice made the chicken SO tender. Also, fried peppers and onions are always excellent.
 The fajitas were so delicious on the stovetop, that I can't wait to try them on the grill this summer. I bet it will be extraordinary. Thank you !!!
I made this as written, but for some reason we were not crazy about the pepper, I did use a sweet yellow. I think I may try it again, using half of a pepper, double the onions and maybe chicken, as I used sirloin this time. Thank you for letting us try this.
AWFULLY AMAZING
Just finished eating this... super good! I doubled the marinade and let the beef marinate for the afternoon (I used the amount of beef called for) because my husband is big on flavor. It was easy to make and turned out super tasty, and we will definitely make it again.
Excellent! I used two cloves of garlic and just over a pound of sirloin but other than that, I followed the recipe as it was written. We had enough meat for 6 fajitas. I didn't marinade the steak beforehand but it had plenty of flavor. My step-daughter said that this was her new favorite dinner. It was quick, easy and tasted like it came from an upscale Mexican restaurant. We'll definitely have this again & again. Thanks, Rhonda!
I created an account so I could review this, lol! But it was so delish and super easy! I didn't have chili pepper (swore I did...) So I used ground red pepper instead and it seemed to work. Thank you!
Made this with chicken- very good and easy.
Don't know if I should review this recipe, because I used Angie D.'s Beef or Chicken Fajita Marinade
Recipe #102598 for my meat. I used boneless skinless chicken thighs (tastier and more moist to me than the typical chicken breast). However, I did follow directions #5 - 10. Thanks, Rhonda *J*.
We love fajitas and this tasted great. We used moose and marinated for couple hours.
Made this tonight as directed but with chicken. So good!! Thanks for posting this great easy recipe.
Absolutely AWESOME!!! I marinated the cut up chicken for about 2 hours. Threw it in the stainless steel skillet on med-high heat and cooked it up until it charred a little. pulled that out and cooked up the veggies until the started to char a little then threw the chicken back in and gave it a few stirs... This was just like what the restaurants here serve. I recommend using a cast iron or stainless steel skillet. A little harder to clean, but well worth the taste!!!
I followed the recipe to a "T" and it was delish!!! thanks for sharing!!
Outstanding recipe! I used this with chicken tenderloin. Marinated all night. I didn't have pepper flakes, but it still turned out excellent. Next time I will try it with the steak. Thanks so much for submitting.
Delish! Even my very picky husband gobbles them up. The steak are our fave but both steak and chicken are good. The only thing I can get was chopping the onions very small because hubby doesn&#039;t like the texture of them. Delish
Best steak fajitas we have made in a long time. Recommend doubling the quantity of meat suggested.
I made this recipe for dinner for my husband and me, but since we eat grain-free I left out the tortiilas. It was excellent, but without tortillas I will next time only use 1/4 tsp of dried chilli peppers. Very tasty!
This recipe was so simple to follow and resulted in fabulous fajitas! We served these for a recent dinner party. I prepared one batch of marinade for a boneless round steak, one batch with boneless chicken breasts, and made a third batch for the peppers and onions. I marinated all in the fridge overnight and then grilled everything on our gas grill at the party. These were truly a hit! It's such an easy recipe that it gave us plenty of time to socialize with our guests without fussing over cooking. After everything was grilled, I sliced the veggies and meat into bite-size strips to place on the tortillas. Thanks so much for posting this recipe...definately a keeper!
Really quick and easy! I used the listed amount of marinade but used two large chicken breast halves and there was plenty. Just the right amount of spice for our family and used ingredients we always have on hand. Thanks Rhonda for such a good weeknight dinner recipe!
These were yummy. I made them with chicken and black beans. I added some cilantro to the marinade and served with guacamole rather than sour cream.
Made this awhile back - I guess I forgot to post a review!?! Followed the recipe exactly except that after everything was in the tortillas I lightly wrapped them in tin foil and placed in the oven on high heat for a few minutes to crisp the tortillas and melt the cheese and they came out super yummy! Defiantly loved the flavors and need to make again soon!
This was ok. The meat didn't seem to have a lot of flavor.
This is the 1st time i cooked Mexican at home. We realy enjoyed this dish easy and tasty at the same time. I used beef and marinated it over night. I cooked the beef much longer then stated untill it was very well done and it was still tender. the only thing is we found it too hot for our taste, next time I will reduce the hot pepper flakes.
We made it with venison steaks tonight and it was perfect!
WOW THIS IS A FAJITA!! Great recipe, I have used chicken and beef let it marinate about 30 minutes.
Hi Rhonda,

Thank you so much for sharing this recipe. I made it today with Chicken and everybody loved it. The spices were just perfect. It was very delicous. I cooked the onions and the peppers a little longer to get the softiness degree that I like. I will for sure be making it more and more.
Thanks again. Regards,
Foufou
Amazing! I also make them vegan with Boca chicken patties. Either way, they're delicious. Also good topped with avocado slices. Yum!
I thought these were great. I only left the chicken in the marinade for 20 minutes and I still loved the taste. It was a quick and easy meal with tons of flavor. I also added diced tomatoes, sour cream, and cheese for toppings. I will be making these often.
This was great! The whole family LOVED it! I will be making it again soon! Thanks for this great recipe!
This was a SIMPLE recipe, and I loved the result! I had a left-over sirloin steak (from one of those gigantic packages of steak, so I could get it inexpensively) and had no idea what to do with it. This recipe allowed me to stretch out the steak (it was a big one) for a meal and nobody noticed they were eating a bunch of veggies. I added a sliced zucchini to my onions and peppers because it was in the refrigerator and it needed to be used. I followed the recipe exactly, other than the addition of the zucchini. The spiciness was just right for us -- some might want to adjust for their level of heat (with the crushed red peppers).
I made this with my daughter, and it's a big winner! The marinade works great with chicken and steak. We used breast strips, and beef for stir fry. It was refrigerated for an hour. Perfect blend of spices, not too &quot;limey&quot; tasting. Also a very easy, and fun dish to make. We're going to be making these fajitas many times!
Excellent! We like to cook the veggies and meat on high heat and char them a little for extra flavor. This recipe is a keeper!
This is a delicious marinade for both steak and chicken, even if you don't have alot of time to marinate your meat. I grated the garlic and I doubled the ingredients. Next time I'll make extra to saute the vegetables in rather than using butter or margarine. Cooked the chicken breast and the steak separately in a cast iron skillet, then sliced both meats finely. Sauteed the vegetables while meat was cooking. Delicious and very light flavor perfect for summer.
I love Mexican food, especially tacos, and fajitas! I worked in a few different Mexican restaurants for about 9 years, and even met my husband when we worked in a Mexican restaurant. Miss you on the east coast El Torito! &lt;br/&gt;I was skeptical with the five star rating, and even with all of the good reviews. My husband wanted fajitas for Cinco de Mayo, so I thought I would give this a try last night. I have tried many different recipes for marinades for fajitas, and they were mediocre at best. I just didn&#039;t think making fajitas was my forte. Wow! I am so happy I did try this recipe. The flavors were beyond expectation. So simple, but so perfectly proportioned to complement each other. Putting everything together was very easy. &lt;br/&gt;I did modify the instructions for the recipe a bit, but not the ingredients. I marinated the steak overnight, and then grilled it. Reading other reviews, I not only doubled the marinade, but tripled it since I had a larger piece of meat. I cooked the veggies separate in a skillet, and added a doubled portion of the marinade to that as well. The vegetables were scrumptious on their own. I have found my forever recipe for fajitas (even better than some restaurants), and I am very much looking to leftovers tonight :) Yummy!
I found this originally when searching for a good fajita recipe about 5 months ago. I've since made this once a month on average and it's always been wonderful! I serve it with refried beans. I always make a double batch on the &quot;Just Because&quot; basis. This recipe ages beautifully. It's always tangier the second day. (The beef is marinating in the lime juice et al. right now and the onions and peppers are chopped and ready to go. I'm going to give it half an hour and then start cooking!)
Never made fajitas before. These were so good. I marinated for 4 hrs. and the flavor was perfect and the steak so tender. Can't wait to try it with chicken too! Thank you!
This is a GREAT recipe! I used top sirloin,doubled the marinade and refrigerated it over night. All my picky adult kids and spouses loved it! Thanks!
so easy and delicious! made last night with steak, i doubled the marinade as suggested by others and left out the chilli powder as i'm not a fan of spicy. will definitely be making it again!!
I must add yet another 5* review. Beyond wonderful. I made this with chicken, marinated overnight, prechopped the veggies, and when I came home it only took 15 minutes to throw together. Everyone had seconds. Thanks!
I made this for a vegan using Beyond Meat Southwest Style Chicken - turned out great! He wants me to make it all the time! I&#039;m glad it&#039;s easy because it&#039;s on the rotation. I&#039;m more heavy handed with the cumin but my personal preference. Thanks!
This was absolutely the best fajita I have ever had! I am the person that buys taco/fajita kitsjust for quick cooking. NEVER AGAIN!!! I let the steak strips sit in the seasoning for about 30 mins in the fridge to allow the flavors to set in. That helped sooooooo much! Every bite was bursting with flavor!
This is an absolutely fantastic receipe. One requested often at my household. I do have to half the hot pepper flakes but that is all personal taste. Two full chicken breasts cut up makes the perfect amount for my small family. As I purchase pre-frozen chicken breasts which come seasoned I make sure to leave out the salt. Thank you for sharing and making my dinner a more positive one.
Very easy and delicious, made for a diner party and every one loved them. Also made a fresh Pico de Gallo to go with them.
Delicious & easy. This was a lifesaver on a night when I didn't have anything planned to cook. The flavor was nice, definitely not overwhelming and easy to throw together with things that I had at hand! A great recipe!
Made this recipe for a cinco de mayo themed party. Made 6+ lbs of chicken and 7+ lbs of rib eye steak. Cut both into strips and marinated them overnight. Grilled them during the party the next day and served in chafing trays over sternos. Served them with sauteed onions and peppers, refried beans, black beans, spanish rice, lettuce, tomatos, with taco shells and tortillas. They were a huge hit! Everyone loved them and went for 2nds and 3rds. Several people asked for the recipe so I shared this link with them. Will definitely make them again!
So delicious! Thanks for a great recipe!
VERY GOOD! We really enjoyed this recipe. I let the chicken marinade for the afternoon, and it was tender and juicy with great flavors. I especially liked this recipe because it uses common spices that most people have in their pantry already. Thanks for the winner! Will make again soon, and will try it with steak.
How could I not try such a popular, quick and easy recipe? I LOVE fajitas anyway. Most important, I used vegetarian steak strips because we are vegetarians. I used 1 red pepper and some snow peas that I had leftover. I doubled the marinade as per Rhonda's suggestion. I added more lime juice, definitely less olive oil. Served with whole wheat tortillas, a little monterey jack cheese, low-fat Greek yogurt and salsa. Very healthful and super-tasty. Terrific!
I have made this recipe MULTIPLE times with chicken and steak, both equally delicious. I substitute lemon juice for the lime juice, as I never seem to remember to purchase lime juice. However, it doesn&#039;t take away from the flavor. As per other reviewers, it is essential to place all the ingredients in a ziploc bag prior to cooking, which allows the meat to marinate properly. I usually double the recipe and it tastes wonderful. I have also subbed orange, yellow, and red bell peppers, but the sweet peppers are the way to go for the best possible flavor. You really don&#039;t need tortillas, if you don&#039;t want to make them true fajitas, as the flavors are amazing and substantial enough to be served alone. This is the only fajita recipe I use now and love it.
Thanks for posting! I halved the recipe and it was perfect for just the hubby and I. I used chicken. I had one onion, but soon discovered it was rotten inside so I made due with frozen chopped onions (which tend to be watery and then mushy!) I served black beans on the side and added a lime wedge since I had a fresh cut lime handy. This recipe is a keeper. 3 STARS for us equals a keeper that we'd cook maybe once a month. This is very quick and perfect for a weeknight dinner. Easy clean up too!
all i have to say is YUMMY! I used three chicken breast. I sliced it into pieces and followed the recipe. I also let it marinate for 4 hours.
Super easy and tasted amazing! I doubled the seasoning and added 1/2 tsp seasoning salt, 1/2 tsp dried oregano, and 1 tsp of paprika for 1 lb of chicken breast and 1 lb of filet mignon. I marinated the meats (separate of course!) for about 1 1/2 hrs. A cast iron skillet is a must! I used my cast iron from start to finish. Just a tip: I used my marinade time to make Spanish rice and prep all the fixings for the fajitas. This will definitely be a keeper in our house!
These are better than any restaurant fajitas I have ever had. The spice and intensity of the flavors is just right. Easy to put together and makes a wonderful meal. Thank you!
I halved the serving portions and used just sliced tomatoes and mayo for the topping. Made it with boneless chicken thigh meat. Had it with Arabian Pita Bread. It is really good! Thanks for posting it!
Oh my goodness! I LOVED these fajitas. Made a few changes...used flank steak instead of top sirloin. Reduced the amount of hot pepper flakes by half. Tripled the marinade and let it marinate for 6 hours. Grilled the steak and sliced it after grilling. I used a grill pan and grilled green and red peppers and onion. These were better than any fajitas I've had in restaurants. DH gave these a 4. Kids and me give this a 5+. Four of us killed a 1.5 pound flank steak...no leftovers! YUM!
Great blend of spices. I used NY Strip steak since that is what I had on hand. Blended everything except the steak together, placed steak in a large Food Saver bag and poured the marinade over. Vacuumed out the air and refrigerated for 7 hours. This method forces the marinade into the meat and speeds the process. Cooked over charcoal and cherry wood. Fabulous!
I doubled the marinade like another chef suggested, and let the steak soak in that for a few hours. I cooked the onions and peppers for a few minutes longer to get them a little more tender, and the fajitas came out DELICIOUS!!!!! very very easy, and the flavor of the meat after marinating was just fantastic! i will definitely be making this a LOT in the future. Thanks for sharing a great recipe.
I made your fajitas using sliced chicken breast for dinner last night for just my husband and me (this empty nesting is for the birds!) they were sooooo good! I then assembled the leftover fajitas mixture in tortilla shells, added cheese, sour cream and salsa and refrigerated in ziplock bags to enjoy for lunches at work this week. These were the best flavored fajitas I have ever made, and to think no packaged mix.....all homemade! Thanks for your recipe!
Nice marinade! Has just the right amount of spice. Used on chicken tenderloins- thanks for posting. Will make again!
I used regular beef chuck but I marinated it with the lime for about 3 hours and it was so tender. So good and so easy. Thank you for the recipe.
Have made this many many times now. Absolutely deelish! I use chicken breasts and double the marinade. So yummy, I could almost drink the marinade! You won&#039;t be dissapointed.
Yummy! The whole family loved it. Thanks for the recipe.
Very good. I doubled the olive oil, used the juice from 1/2 a lime and doubled the cumin. Hubby loved it. I'll be saving this one.
These turned out pretty good easy to make
Fantastic! Used 2 onions and a red and green bell. Added a diced tomato to the mix too. Turned out fantastic! Thanks!
This makes fantastic fajitas! I used just under 2 lbs of chicken and tripled the marinade. I think next time I'll just double the marinade because I thought the lime taste was a little too strong. Even my son who doesn't really care for onions or green peppers loved it! The only changes I made was to 1 cook it on my griddle pan which took a bit longer to get the onions and green peppers cooked but it still worked great, and 2 I added some fresh sliced tomatoes towards the end of the cooking process. I cannot wait to make this again!<br/>Thanks so much for posting this recipe!
I ended up changing these quite a bit - I planned on doubling the seasonings because I had twice the meat, but I hadn't printed the recipe that way. So I accidentally quadrupled the chili powder. As a result, I decided to omit the pepper flakes and black pepper. I did not double the peppers, and I didn't use any onion (your recipe didn't say how much to use, and we don't really like onion). The results were outstanding! I will definitely make this again with the proper seasoning. I did like the double meat.
I was looking for a quick, tasty fajita--this does the trick. Looking at all the good reviews, I am not alone. Thanks, Rhonda J.
Best fajitas I've ever had! I used skirt steak and and I didn't have any chili powder, so I used ground chipotle powder. I'm sure it would be excellent with the chili powder too.
Really liked this recipe! Made it with 3.25 lbs chicken, doubled spices, used lemon juice (tripled). I only let the marinade and chicken marinade while I was prepping and cooking peppers, maybe 20 minutes. The flavor was really good. I will definitely save this recipe and make it again!
Wanted to review and be a part of the 5 stars reviews for this recipe! Easy and tastes amazing!!!! (I used corn tortillas instead of flour tortillas, heated the tortillas in a skillet and kept warm.) I made these with beef this time, but plan on trying it with chicken. Thank you, for the great recipe! Served these with jazzed up black beans on the side. Winner, winner!!!
Wow! What a great recipe! I used a New York Strip and doubled up on the garlic and lime juice. I had a fresh hot pepper so I used that in place of the hot pepper flakes. I will be making this again!
Thumbs up. :) I have to make some changes due to living in Asia, and so I&#039;ve kind of developed it into my own thing, but your recipe makes some of the best fajitas I&#039;ve ever tasted. ;)
I made it last night and it turned out delicious. I topped it up with Cheddar cheese. It is easy and quick to.make. thanks for the recipe
I would have given it more but my boyfriend felt like something was missing. I would chop up some lettuce for him next time maybe. I thought it was delicious. I also don't really ever cook red meat so it was nice to find a simple recipe involving steak. :)
No conversation at the table tonight - too busy eating. A quick, tasty and healthy meal. I did use chicken instead of beef. Next time, I will try beef...
These fajitas were excellent! I joined this website just to write a review on this recipe! The only thing I did different was omit the red pepper flakes (too spicy for kids) and doubled the marinade. I served with spanish rice.
Amazing.
did steak. a huge hit.
These were delicious and so easy! I made them with chicken, and I let them marinate in the fridge for about an hour and a half. I used 2 onions and one bell pepper, and next time I think I would use even more onions. This is going in my regular rotation. Thank you!
I tried this recipe the other night and I was totally impressed. I used both chicken and steak. I am definitely going to make this again and again! Thank You!
Dos any one have the calories for this?
These things are so good. I use flank steak when I can get it but sirloin really melts in your mouth. I make my own Pica de Gallo topping: 1 tomato, chopped; 2 chopped jalapenas; juice of 1 lime; 2 Tbsp. water; 1 chopped sweet onion; 1/2 cup chopped cilantro and; 1/4 tsp. salt, all mixed and in fridge for a couple of hours. I think I'll just go now and check out all of Rhonda's other recipes!
Good and simple
Great recipe. I used a very hot cast iron pan to sear first the veggies and then the meat. I really threw all veggies together took them out and then did the meat then put them back together to sizzle some more. Use a cast iron pan at a high temp and you will really enjoy the results!
DELICIOUS!!! Very fast and easy. This was a last minute decision to make for dinner so the chicken breast strips only marinated for 30 minutes. I followed the directions but added chopped cilantro. I also grilled the chicken and added onions to the grill. I was truly surprised at how well the meat took the marinade in such a short time. Definitely a must to try. Thanks Ronda J!
Very easy to make and very tasty!
DH has been begging for steak fajitas. He loved this. I omitted the peppers as he doesn't care for this and I just left the onions in the skillet the whole time as I read the recipe wrong. But he was very pleased.
These fajitas are excellent! I doubled the marinade, added the chicken strips, and put it int he fridge for a couple of hours. The chicken is very flavorful ~ everyone had seconds and thirds! Thank you for posting a keeper!
Made this last night and quadrupled the recipe. I let the breast marinade for an hour or so before I grilled them on the Forman. I thought more of the flavors would come thru than what did. However, they were extremely moist and wonderful and the fajitas tasted great! Thanks!
So simple and perfect. I love the quick marinade - used it on chicken and it gave it a really great flavor in very little time. Made for a yummy and fast dinner... well especially fast since I already had peppers cut up in the freezer and onion sliced in the fridge. Thanks Rhonda!
These fajitas were so good. I used a flank steak, marinated overnight, and cooked it on the grill. Very tender and flavorful. Thanks!
Used the steak and it was wonderful! Did cook the steak and green peppers and sweet onion together after veggies were just tender. Onion and pepper gave great flavor to the steak. Watch out tho because it does have a good spicy bite. Served with a simple cool salad of lettuce and ranch to help tame that spiciness without drowning the flavor of the marinade out. Totally will have this again!
It was lovely ! Me and my husband enjoy it. Thank you for sharing this recipe!
This was awesome! ??
This was great! a little thin on the spices for me and my bf (we like really spicy foods) but the combination was great! next time- i'll kick it up a bit. Thanks!
I have made this 2x. First was with beef and second was with chicken. I use red, yellow, orange and green peppers to give them more color. Also I make teriyaki Rice by Lipton for the beef and red beans and rice for the chicken fajitas put the rice on the bottom and put the meat and peppers on top and add shredded lettuce roll it in the tortillas. My husband loves them.
I made a vegetarian version by subbing the beef for black beans. So good! This will be my go-to recipe for fajita/taco nights from now on.
This marinade was full of flavor. My husband and I loved it.
Update** We use this recipe every time we make fajitas, both beef and chicken. In fact, I've used portabella mushrooms, too, and they were great! (1 mushroom cap/person, and I cut the spices in about half - otherwise it's a little too much). We also always omit about half of the hot pepper flakes, but that's just our personal taste. Thanks so much for sharing this wonderful, easy recipe - we use it at least twice a month! :)
Fresh, fabulous, and fast is what these fajitas are!! Follow this recipe word-for-word and you are guaranteed a flavor explosion wrapped up in a warm soft tortilla. I made both steak and chicken because I couldn't decide and you won't go wrong with either. Slice your meat while it is still slightly frozen to help cut more consistent thin strips of meat that will help cook more evenly. I did let the meat sit in the seasonings for about one-half hour before cooking to make sure it was completely thawed and heavily seasoned. Cool sour cream and guacamole with a sprinkle of cheese and fresh diced tomato sent these fajitas to the next level! Thanks for this GREAT recipe!! :)
I used chicken thighs, since that's what I had on hand, with homemade tortillas (Recipe #204109 - takes no more than 35 minutes to make) and these turned out awesome together.
Oh my gosh!!! These were delicious! I had grilled some chicken breasts and then used them the next day to make these scrumptious fajitas. Thanks rhonda
We eat this fajita recipe all the time and each time my husband thinks it's new and better! It's awesome...thanks!
10+. My DH said "This is the only fajita recipe I want to make from now on...and we need to make them more often" if that tells you anything :). We used 1 red and 1 green pepper, 1 yellow onion and 1/2 lb chicken, and substituted lemon juice for lime juice. The flavor was so complex - perfect! Thanks, Rhonda!
I made these for a girls night and they got rave reviews. I doubled the marinade for 3 boneless, skinless chicken breasts and left them in my fridge overnight. I also grilled the chicken instead of cooking it in a pan. So good, did not even need the tortillas. Will definitely make again.
OK ... we've now made these at least four times. They are a smash in our house. As far as the meat ... pretty much anything would likely work. We've used sirloin and rib eyes for tenderness. What we changed after our first attempt is we marinate the meat as a whole piece for about two hours, pan sear it whole and slice very thinly. A fabulous guacamole is also key (avocado, tomato, red onion, jalape&ntilde;o, cilantro, kosher salt, lemon) instead of tomatoes and salsa. Serve with lime wedges! Great recipe!!
These are seriously SO good!! I've tried different recipes for fajitas in the past, but couldn't seem to find one with the right flavor. I use steak, shrimp, or chicken. So fast and easy.
I used chicken, doubled the marinade (followed the recipe exactly, minus the hot pepper flakes), marinated the meat ahead of time, cut it into strips, and then grilled the veggies and the meat. Oh my goodness!! It was amazing!!! Definite keeper!!
Great flavor and very easy to do! I did two double batches of marinade, one for 2 lbs of chicken and another for 2 lbs of steak (eye of round) and it was just enough. Less marinade would be very dry I think. Meat marinated in the fridge for about 24 hours. When cooking it, I started with the chicken and cooked till done then put in the oven at 300 degrees to keep warm. Next was steak (same pan as chicken) which also went in the oven. I didn't drain the juices and moved on to onions, peppers, mushrooms and hot peppers putting each batch in the oven while cooking the next. This was a great way to feed a crowd as the prep work could be split up over two days and actually cooking everything was pretty quick which left plenty of time with guests. I pulled the pans out of the oven and served it like a fajita bar with cooked fillings in one area and the cold toppings in another. Served with Wholly Guacamole http://www.recipezaar.com/Wholly-Guacamole-8739 and Wonderful Salsa with Black Beans and Corn http://www.recipezaar.com/Wonderful-Salsa-With-Black-Beans-and-Corn-182724
This was awesome!
made with chicken and was delicious! much better than the powdered fajitas mixes. i'll always make fajitas like this from now on
This is really a good fahita recipe. We will use less salt next time but other then that we loved these fahita's.
Had my monthly dinner party club and served this recipe. Everyone loved it. Thank you for posting.
Perfect last minute recipe! ** This is a review of the ACTUAL recipe. ** I had been planning to make stroganoff when I realized at the last minute I was out of mushrooms. This was easy to whip up, I had all the spices in hand, and I didn't have to marinate. Will be adding this to my actual recipe box. I LOVE easy, tasty recipes that you can make at the last minute, as I seem to do that at least once a week. ;) If you make according to the actual recipe, it's mildly spicy. I'm not a fan of spicy foods and this is the level I can handle, just makes the tongue tingle a bit. If you love spice, feel free to amp up the heat. Seems like you could raise this or lower that and it will still be tasty.
I enjoy them they were so good to me. my hubby wasnt thrilled with them as much as i was or expected him to be. Flavors go good togather this was a yummy supper thanks for the recipe.
Amazing...Love this with venison steak!
This was really good marinade for chicken fajitas. Thanks.
What a great recipe! The marinating of the steak really helped bring out the flavors! I did add more seasoning, as I like some heat in my food. I added some cayenne pepper, paprika and garlic seasoning. I didn't have lime. So, I used lemon. But still, a wonderful, simple recipe.
Thanks !
I don't like the packaged seasonings and haven't made fajitas for months, but now I agree that these are the best I've ever made.
I am not "into too spicy" but these were perfect for my family and I was even able to enjoy them........and yes, they are spicy.
The only change I made was to add one of my hot peppers from the garden (sliced) in with the onions and peppers, since I didn't know if it would be hot enough for everyone else..
I had some pre-cooked chicken that I diced and just mixed with the seasonings before adding it to the onion-pepper mix. Turned out just fine, and I didn't have to marinate it.
I too am anxious to try it with steak. Great recipe and I will use it from now on.
Donna
Sorry......edited because I forgot the stars.....!! and they are well deserved.
These are amazing!! Very tasty and easy to make. I used chicken and yellow/red peppers. Topped them with sliced avocado, sour cream, and cheese. So tasty!
I made these last night for dinner with chicken &amp; everyone loved them! For 5 people, I doubled the recipe and we had very little left over. I did everything exactly as written except I cooked my chicken in the oven on a baking sheet until it was just cooked, chopped it up, and tossed it in the skillet with the peppers &amp; onions at the end. This marinade is amazing! Very authentic taste &amp; so easy to make! This is the only fajitas recipe I&#039;ll use from now on. Will definitely make again &amp; again! Great job, Rhonda *J*! :)
This is a great recipe not munch time to prepare and my wife and I loved it
Excellent fajitas with heat! I'm definitely going to make these again.
Poor effort. Typical just add chili powder. No specific spices.
Just yum! I marinated mine, chicken, all night and next day, cooked them up that night. Cut my chicken up with some meat shears which goes faster for me. Am used to having them like Taco Bell here which I could either get a chicken fajita or soft shell chicken taco with sour cream and the rest, they changed and don&#039;t like them any more. They never used peppers. I will try them sometime &#039;cuz I love them. The marinade. No lime juice so substituted lemon, cut the chili powder and cumin in half because I like just a hint of it, got it just to taste. Also added about 1 tbsp soy sauce. Then I cooked it all up and cut up all my extras, lettuce, tomatoes, had a pkg of Cheddar Jack cheese and, fresh sour cream. Oh most important. The cilantro. Was used to just little bits of it so added some chopped when I did the chicken after I did the onions, put back together (see my photo of the chicken filling). Put just a little chicken boullion broth at the end to moisten, salt just right luckily easy to overdo the salt. Double yum. Thank you for sharing.
excellent! made for south beach phase one. i halved the recipe with 6 oz of chicken in small cubes. i also marinated it for several hours. i used red pepper for the flakes, and be careful, it's spicy!! next time i'd use less red pepper. the fajitas without tortillas were great and didn't need any sauce or anything. thanks!
I have made this several times &amp; it is delicious. I'm not a big onion fan, but with this recipe I can tolerate even the onion. We top it with Mexican cheese &amp; sour cream. Yummm!
I have always been looking for that real mexican chicken fajitas taste from Texas. Oh man! Have I found it! This meal was so good! It had my picky kids wanting 2nd and 3rd servings! This is the only way I'm making Chicken Fajitas from now on!!!
We really liked this recipe! I didn't have time to let the steak marinate so I was worried they might be short on flavor. I was wrong! These have great flavor and are easy! Next time I will try them with both chicken and steak. This will be my go-to fajita recipe from now on!
Good flavor, I doubled the marinade as I used a little over a pound of meat. I question your nutritional values. One 8 inch tortilla is 130 calories by itself.
Quadrupled the recipe and made for a party of about 20. Everyone loved it. Nothing left. Easy to make too.
These were amazing and super easy! I usually make fajitas using the seasoning packets at the grocery store but from now on I will be making these! I used 4 big breasts of chicken that I cut up rather than the beef and I doubled the marinade and let them sit for about an hour before I cooked them. Next time I will try this with the beef, chicken is what I had on hand. Thanks for the great recipe that is now a family favorite!
This recipe has become a staple around our house. We fix it at least 3 times a month. My wife and daughter prefer it with chicken though. But the Steak is good too if you like steak!
So yummy! I used a 1 lb.flat iron steak and doubled the marinade. I don't really like spicy things, but I didn't find this spicy at all. It was a great way to use the fresh peppers from our garden!
Forget the package, this is fantastic!! Thanks!
Cooked this for the first time ever and it came out soooo delicious. Loved it!
This was a great, simple, quick recipe. I ended up marinating my chicken strips for about an hour, and these fajitas were delicious. This is going in my cookbook!
Wonderful taste! I used a flat iron steak and chicken breasts, then marinated them in the spices for a few hours. I even threw a couple of portabellos in! I got out my George Foreman grill and grilled the onions and peppers first, then put them in a shallow pan underneath the spout of the grill so all the yummy juices from the meat dripped down over the veges. Delicious dinner and leftovers for a fajita salad the next day.
I have made this so many times and every time there aren't any leftovers!<br/>I use chicken and add extra lime juice and less oil and a bit of water for for a healthier option and it is still absolutely amazing. <br/>Thank you for posting!
